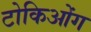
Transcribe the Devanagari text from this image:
टोकिओंग